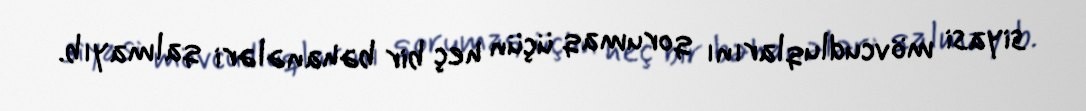
siyasi mövcudluqlarını qorumaq üçün heç bir bəhanələri qalmayıb.